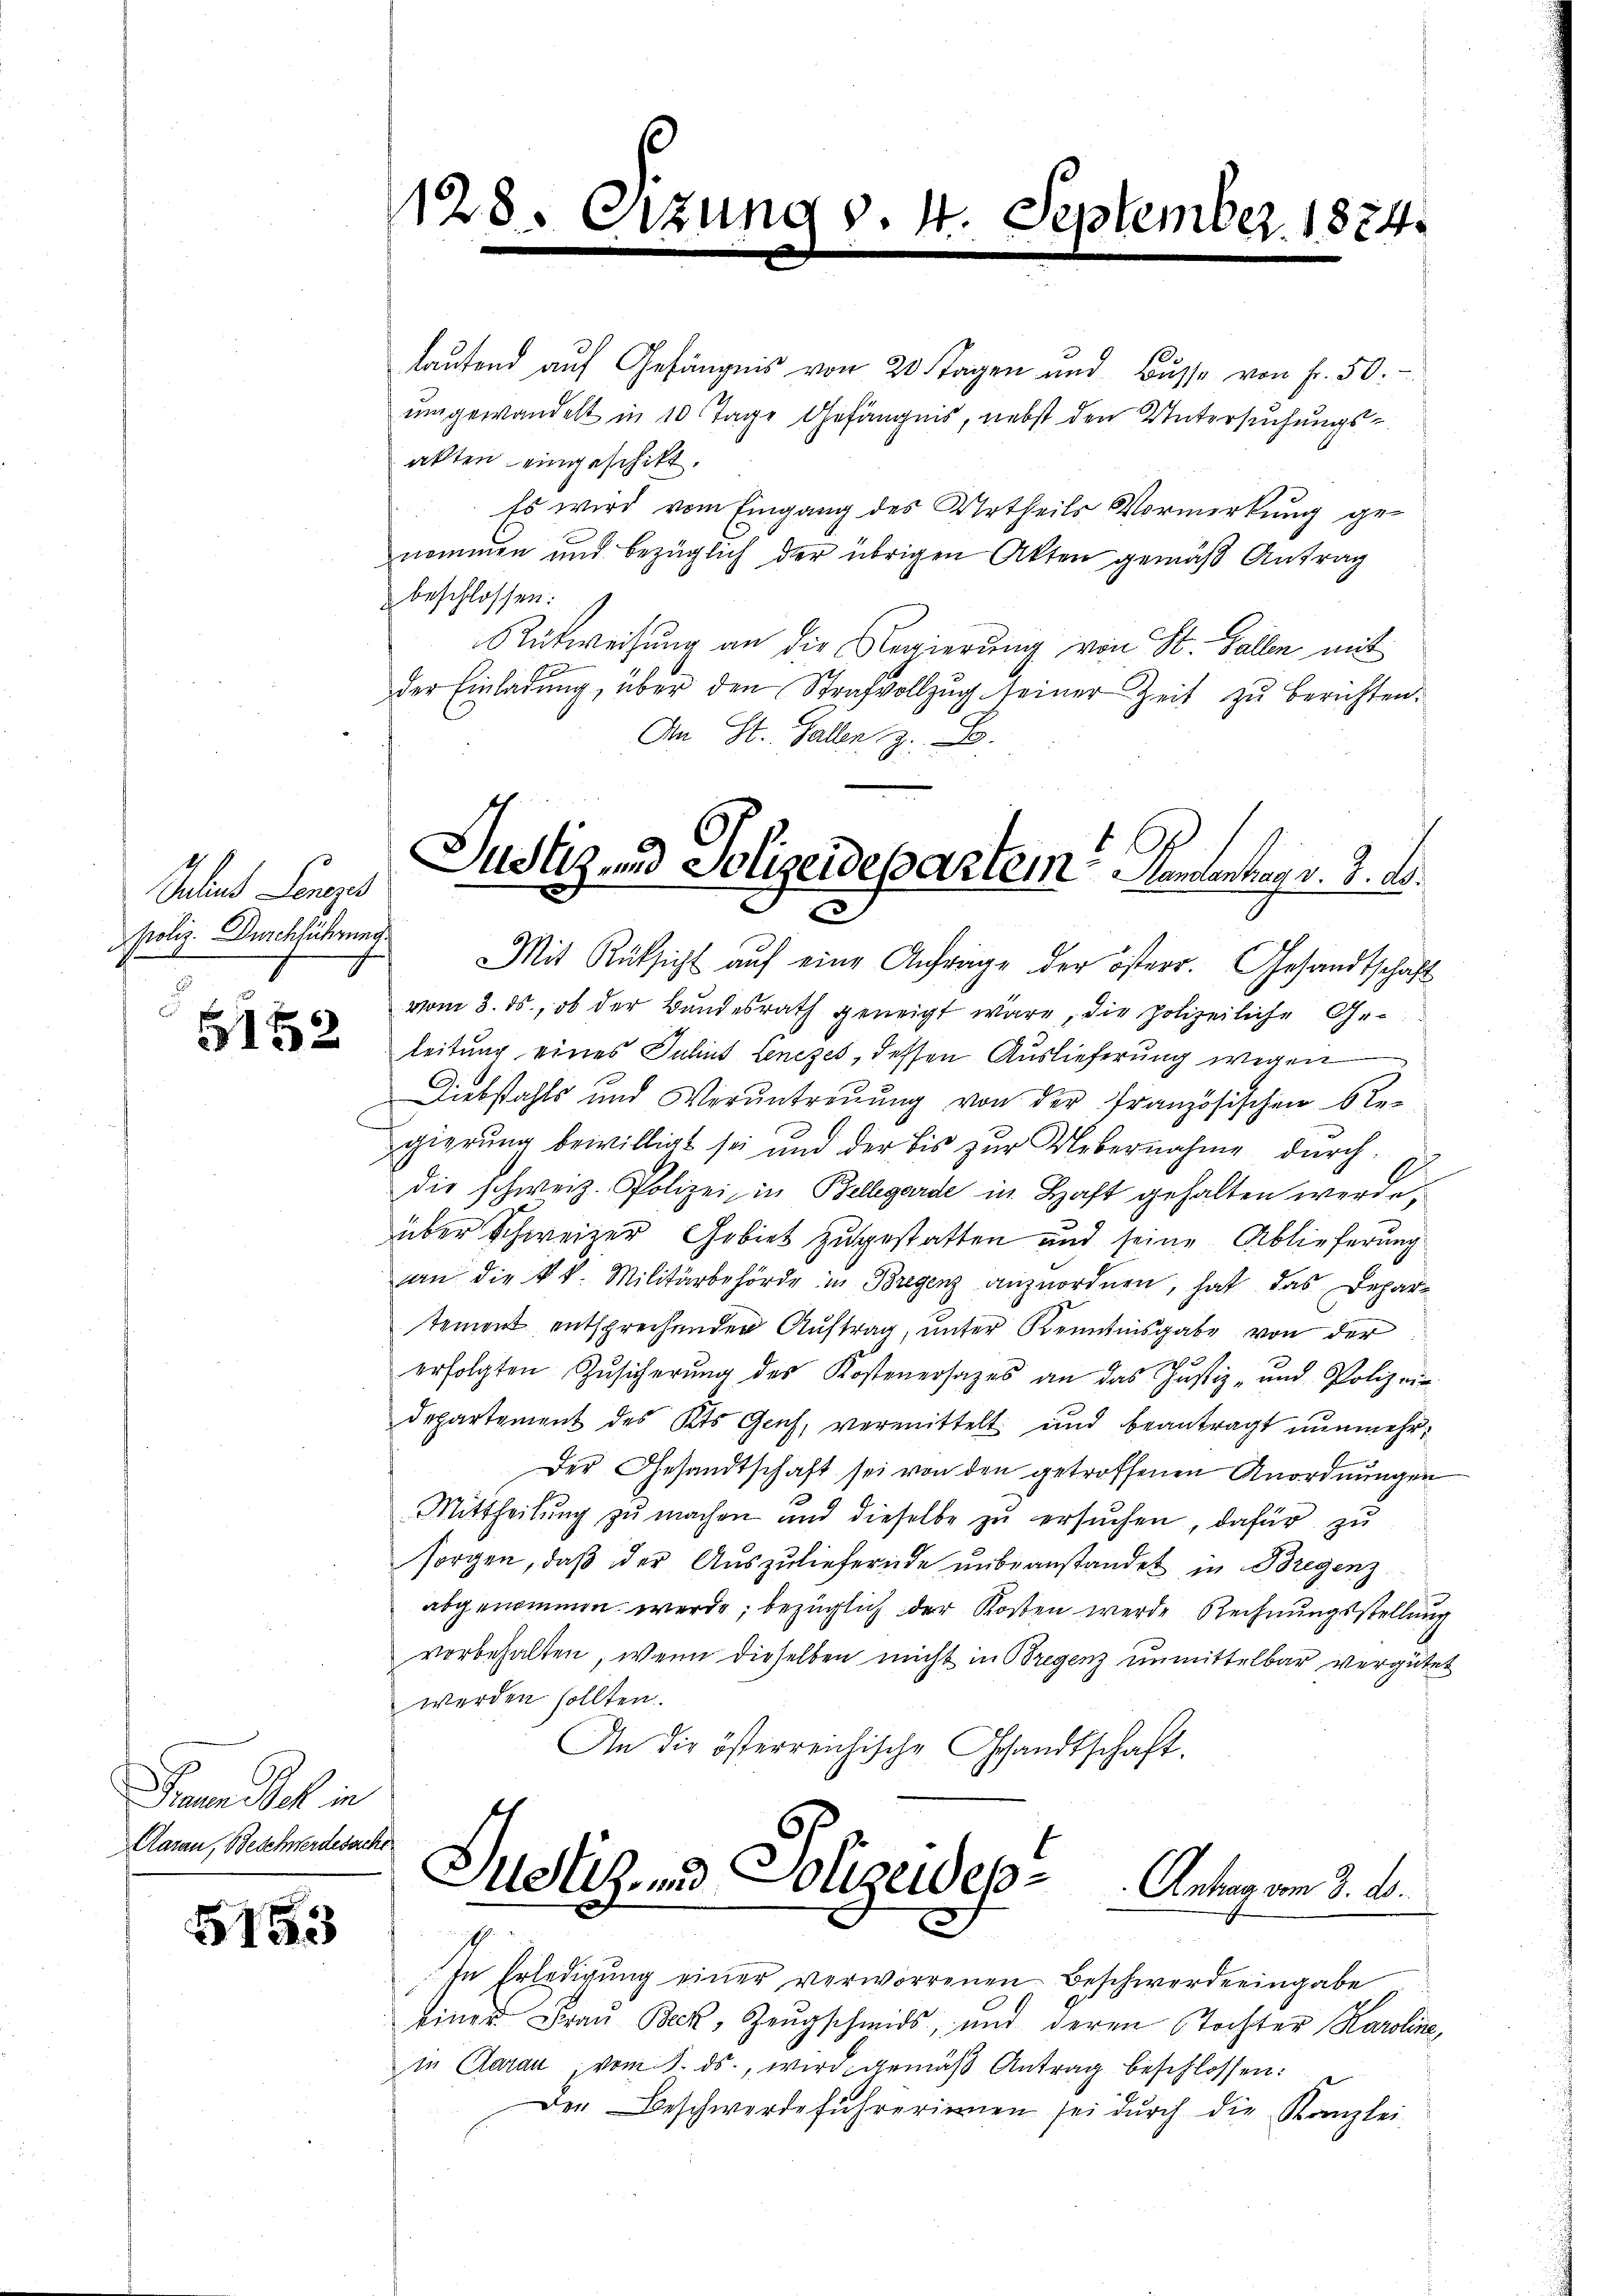
Inland Lenges
Poliz. Durchführung

5152

am ich in
Aarau, Beschwerdesarche

153

laufend auf Gefängnis von 20 Tagen und Busse von fr. 50.-
umgewandelt in 10 Tage Gefängnis, nebst den Untersuchungs-
akten eingeschikt.
Es wird vom Eingang des Urtheils Vormirkung genommen und bezüglich der übrigen Akten gemäß Antrag
beschlossen:
Rückweisung an die Regierung von St. Gallen mit
der Einladŭng über den Strafvollzŭg seiner Zeit zŭ berichten.
An St. Galle z. B.

128. Erzung d. 4. September 1874.
e

Justiz und Polizeidepartem Krementrag v. 2. d.

Mit Rücksicht aŭf eine Anfrage der österr. Gesandtschaft
vom 3. ds., ob der Bundesrath geneigt wäre, die polizeiliche Geleitung eines Inhit Lenezes, dessen Auslieferung wegen
Diebstahls und Veruntreuung von der französischen Regierung bewilligt sei und der bis zŭr Uebernahme durch
die schweiz. Polizei, in Bellegarde in Haft gehalten werde,
über Schweizer Gebiet zugestatten und seine Ablieferung
an die k. k. Militärbehörde in Bregenz anzuordnen, hat das Departement entsprechenden Auftrag, unter Kenntnisgabe von der
erfolgten Zŭsicherŭng des Kostenersages an das Justiz- und Polizeir
Departement des Kts Genf, vermittelt und beantragt nunmehr¬
Der Gesandtschaft sei von den getroffenen Anordnungen
Mittheilung zu machen und dieselbe zu ersuchen, dafür zu
sorgen, daß der Auszuliefernde unbeanstandet in Bregenz
abgenommen werde; bezüglich der Kosten werde Rechnungsstellung
vorbehalten, wenn dieselben nicht in Bregenz unmittelbar vergütet
werden sollten.
An die österreichische Gesandtschaft.

Justiz- und Polizeide          Antrag vom 3. d.
x
s

In Erledigung einer verworrenen Beschwerde eingabe
einer Frau Beck, Zeugschmids, und deren Tochter Karoline,
in Garan, vom 8. ds., wird gemäß Antrag beschlossen:
Der Beschwerdeführerinnen sei dŭrch die Kanzlei-